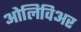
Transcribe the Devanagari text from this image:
ओलिविअर